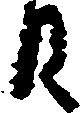
日